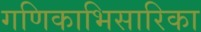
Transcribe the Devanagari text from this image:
गणिकाभिसारिका